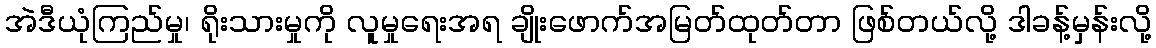
အဲဒီယုံကြည်မှု၊ ရိုးသားမှုကို လူမှုရေးအရ ချိုးဖောက်အမြတ်ထုတ်တာ ဖြစ်တယ်လို့ ဒါခန့်မှန်းလို့